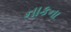
નાકના